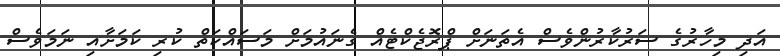
އަދި މިހާރުގެ ސަރުކާރުންވެސް އެތަނަށް ޕްރޮޖެކްޓެއް ގެނައުމަށް މަސައްކަތް ކުރި ކަމަށާއި ނަމަވެސް